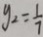
y _ { 2 } = \frac { 1 } { 7 }